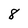
Character: 8